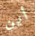
أين